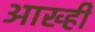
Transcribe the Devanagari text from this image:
आख्ही